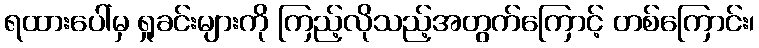
ရထားပေါ်မှ ရှုခင်းများကို ကြည့်လိုသည့်အတွက်ကြောင့် တစ်ကြောင်း၊